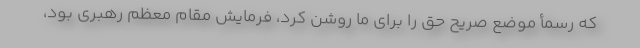
که رسمأ موضع صریح حق را برای ما روشن کرد، فرمایش مقام معظم رهبری بود،